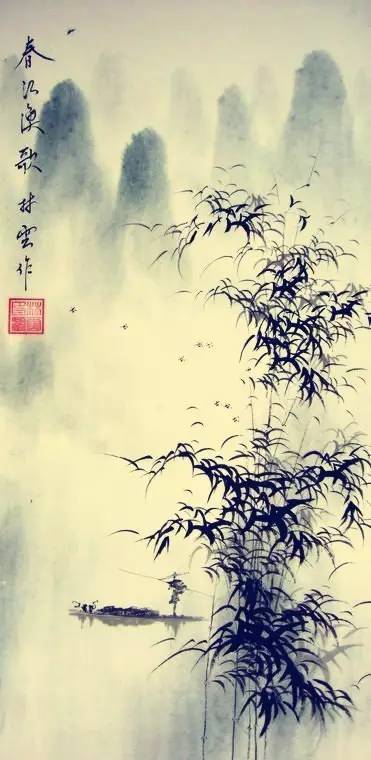
盛年不重来，一日难再晨。